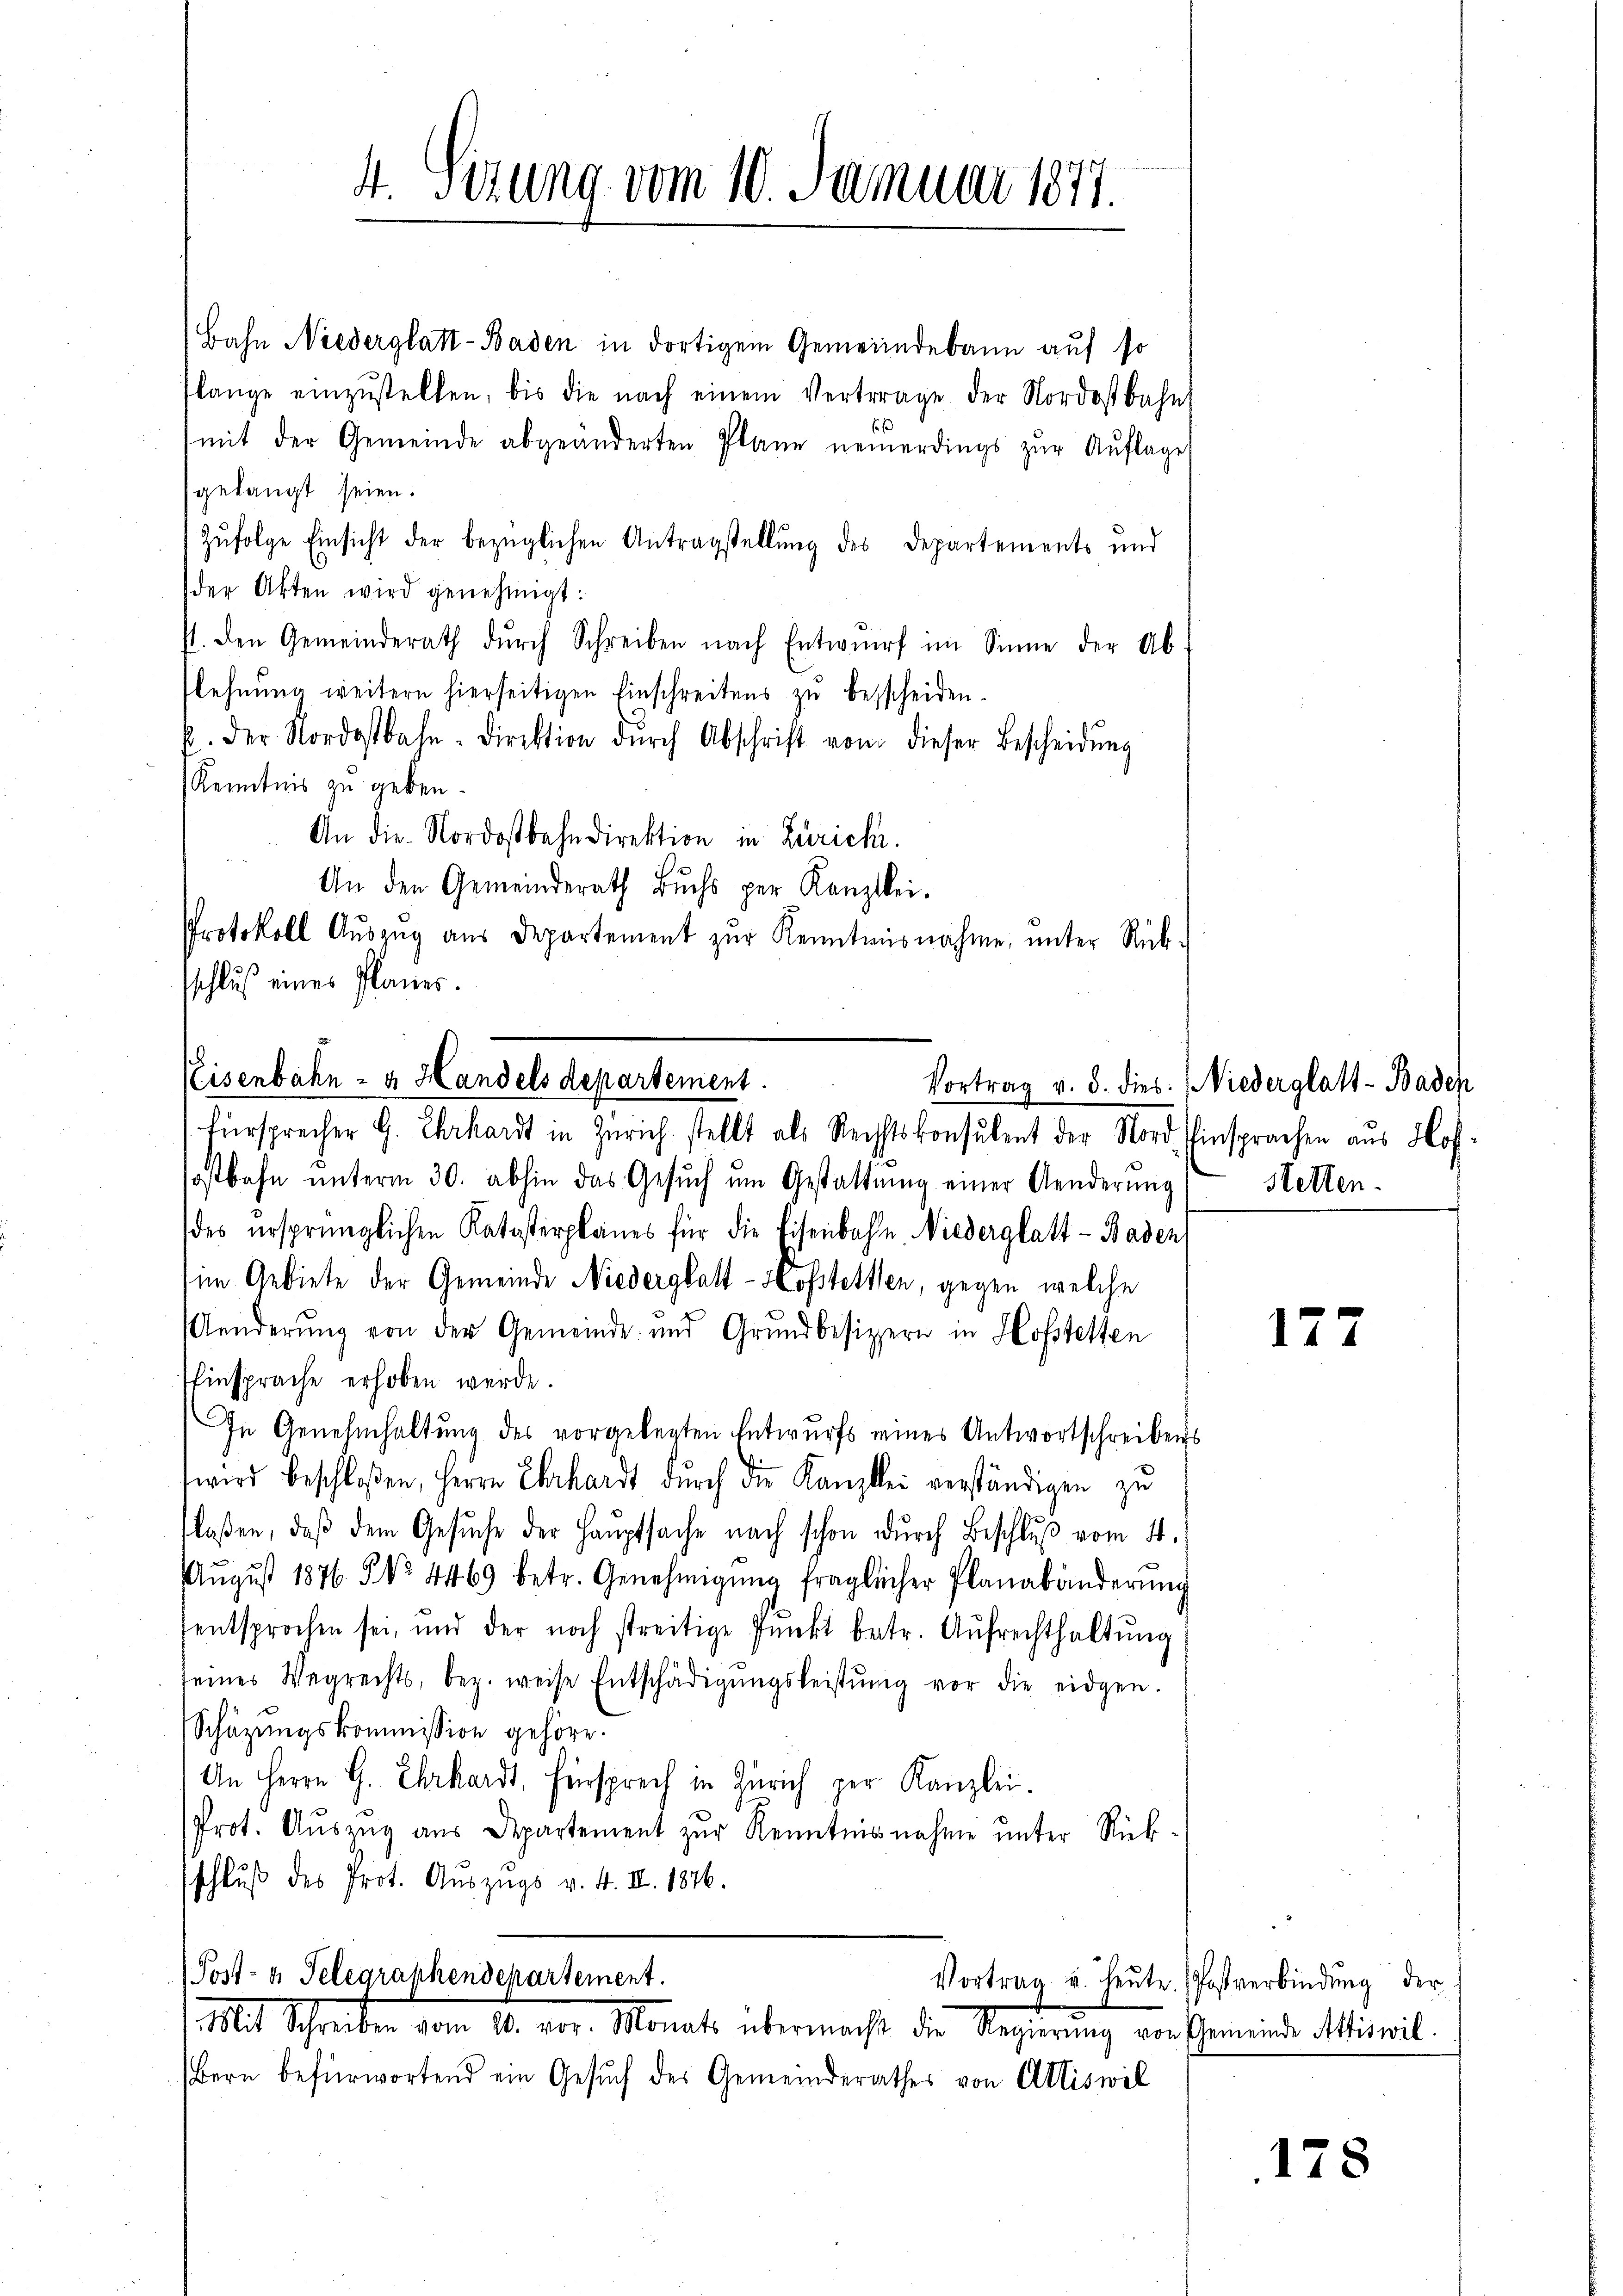
4. Sezung vom 10. Januar 1877.

Bahn Niederglatt-Baden in dortigem Gemeindebann auf so
lange einzŭstellen, bis die nach einem Vertrage der Nordostbahn
mit der Gemeinde abgeänderten Plane neuerdings zŭr Aŭflage
gelangt seien.
Zufolge Einsicht der bezüglichen Antragstellung des Departements und
der Akten wird genehmigt:
st. Den Gemeinderath dŭrch Schreiben nach Entwŭrf im Sinne der Ab-
flehnŭng weitern hierseitigen Einschreitens zu besscheiden.
b. der Nordostbahn-Direktion dŭrch Abschrift vom dieser Bescheidŭng
Kenntnis zu geben.
An die Nordostbahndirektion in Zürich.
An den Gemeinderath Buchs per Kanzlei.
Protokoll Aŭszŭg aŭs Departement zŭr Kenntnisnahme, ŭnter Rück-
schluß eines Planes.
Vortrag v. 5. dies Niederglatt - Baden
Fürsprecher G. Ehrhardt in Zürich stellt als Rechhtskonsulent der Nord Einsprachen aus Hof
sostbahn ŭnterm 30. abhin das Gesŭch ŭm Gestattŭng einer Aenderŭng
des ursprünglichen Katasterplanes für die Eisenbahn, Niederglatt - Baden,
im Gebiete der Gemeinde Niederglatt - Hofstetten, gegen welche
Aenderŭng von der Gemeinde und Grundbesizern in Hofstetten
Einsprache erhoben werde.
In Genehmhaltung des vorgelegten Entwurfs eines Antwortschreibens
wird beschloßen, Herrn Ehrhardt durch die Kanzlei verständigen zu
tlaßen, daß dem Gesŭche der Hauptsache nach schon durch Beschlŭβ vom 11.
Aŭgŭst 1876. No. 4469 betr. Genehmigŭng fraglicher Planabänderŭng
entsprochen sei, und der noch streitige Punkt betr. Aŭfrechthaltŭng
seines Wegrechts, bez. weise Entschädigŭngsleistŭng vor die eidgen.
Schützungskommission gehöre.
An Herrn G. Ehrhardt, Fürsprech in Zürich per Kanzlei.
Prot. Auszug aus Departement zur Kenntnisnahme unter Rücksschluß des Prot. Auszugs v. 4. II. 1876.

Eisenbahn- & Handels departement.

Bern befürwortend ein Gesŭch des Gemeinderathes von Attiswil

Post- u. Telegraphendepartement.
1. Mit Schreiben vom 10. vor. Monats übermacht die Regierung von Gemeinde Miswil¬

Stetten.

172

Vortrag u. heute. Postverbindŭng der

178